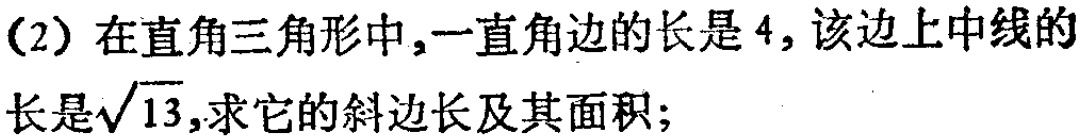
(2) 在直角三角形中,一直角边的长是$4$,该边上中线的长是$\sqrt{13}$,求它的斜边长及其面积;